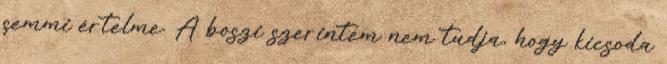
semmi értelme. A boszi szerintem nem tudja, hogy kicsoda